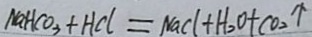
N a H C O _ { 3 } + H C l = N a C l + H _ { 2 } O + C O _ { 2 } \uparrow